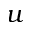
u